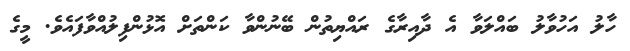
ހާލު އަހުވާލު ބައްލަވާ އެ ދާއިރާގެ ރައްޔިތުން ބޭނުންވާ ކަންތަށް އޮޅުންފިލުއްވާފައެވެ. މީގެ